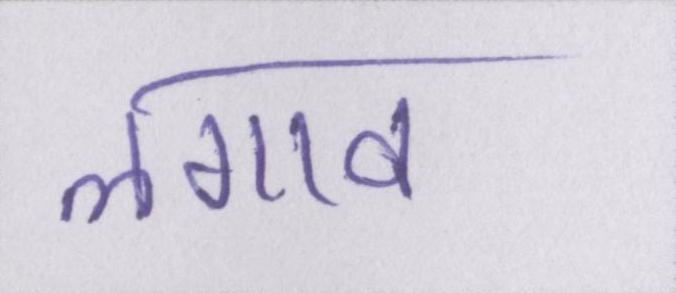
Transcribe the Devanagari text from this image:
लगाव